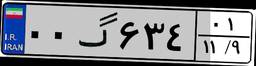
۳۰گ۸۲۹۳۴